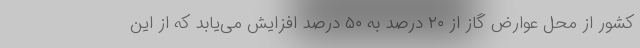
کشور از محل عوارض گاز از ۲۰ درصد به ۵۰ درصد افزایش می‌یابد که از این